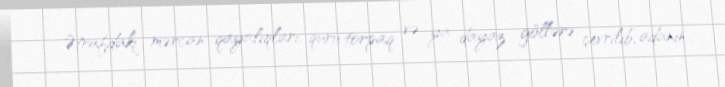
Ətrafdakı mərcan qayalıqları, quru torpaq və ya dayaz göllərə çevrilib, adanın